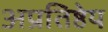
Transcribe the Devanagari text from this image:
अप्रतिष्ठेय